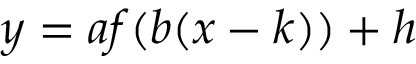
y = a f ( b ( x - k ) ) + h